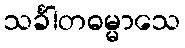
သင်္ခါတဓမ္မာသေ